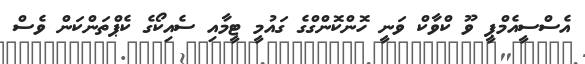
އެސްސީއެމްޕީ ވޫ ކްވާކް ވަނީ ހޮންކޮންގްގެ ގައުމީ ޓީމާއި ސެއިކޯގެ ކެޕްތަންކަން ވެސް